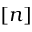
[ n ]